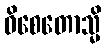
ဝိစေတောသ္မိ